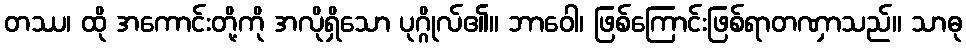
တဿ၊ ထို အကောင်းတို့ကို အလိုရှိသော ပုဂ္ဂိုလ်၏။ ဘာဝေါ၊ ဖြစ်ကြောင်းဖြစ်ရာတဏှာသည်။ သာဓု